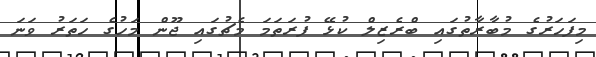
މިފަހަރުގެ މުބާރާތުގައި ބްރެޒިލް ކުޅޭ ފުރަތަމަ މެޗުގައި ޖޫން މަހުގެ ހަތަރު ވަނަ